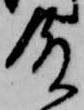
殿